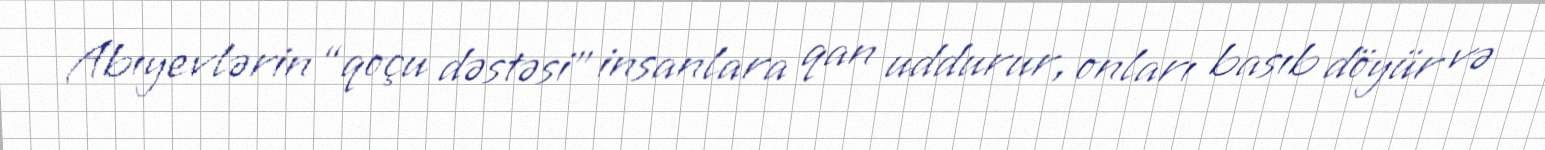
Abıyevlərin “qoçu dəstəsi” insanlara qan uddurur, onları basıb döyür və